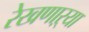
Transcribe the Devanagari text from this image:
रेखणाऱ्या